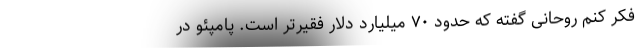
فکر کنم روحانی گفته که حدود ۷۰ میلیارد دلار فقیرتر است. پامپئو در